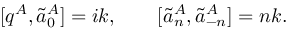
[ q ^ { A } , \tilde { a } _ { 0 } ^ { A } ] = i k , \qquad [ \tilde { a } _ { n } ^ { A } , \tilde { a } _ { - n } ^ { A } ] = n k .